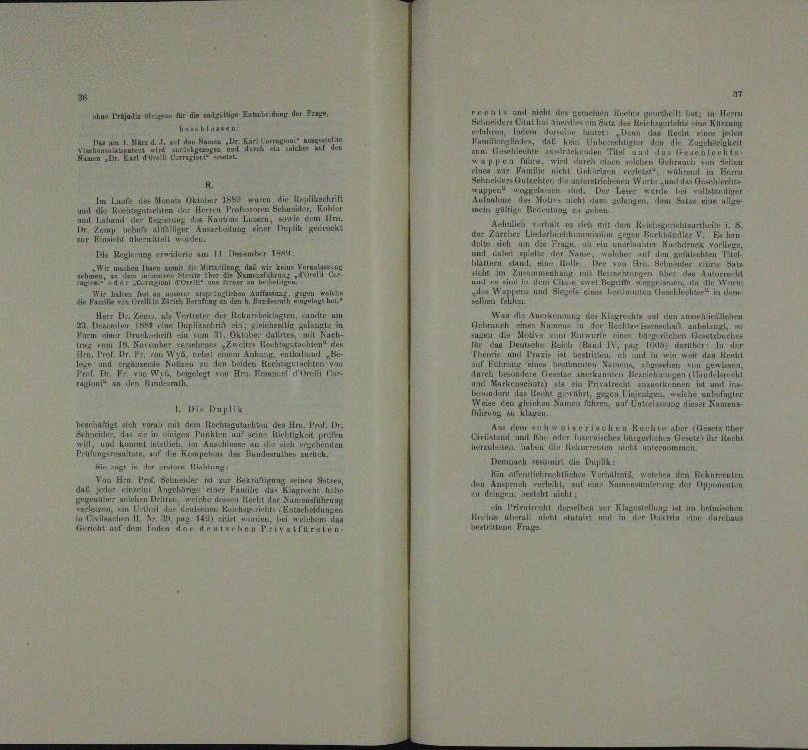
l und an der gemeinen recht in H
Haverien in Kur

en
d
dalen denseiti
e

u
a

dner an d
u

un

.
n
n
 L des Monat 1889 wuren die Hollkoch
un
e
rhten ihr
ax ei

a
Aehnlich verhalt
den Bestitutini. S.
g
E hun
.
a

.
.

Die Reklage am 11 am 14.

t machen ihnen zum Mitung und nie keine Herausgese

n

n

Ai
err Dr. Lems. u Vertreter der Schurerklagten, unter um
Waa die Anerkennung der Klagrah
d
Achraunk
erun
emetten eine

u
.
 12.
mungen
un

.
dan Fr

12. Der 1835. eine
n

.

n

.

n

 Die Buplik
u
um zu
hrechtigt sich vor mit dem Rechtsgutachten des Hrn. Pr. II.
Aus dem welchen Rechte aber
t
r
ies in
rian Empfer 1
u

 alten

macher die Duplik:
Ein ange in der einen Richtung
hen Vergüten.
Nan Armlichersch
eh den Rekurrenl
Berr
Aigung eines Ants
rnateur der Sumenten
ur ein
e
 en einer unte
.

e
n

.
n

.

un der Fa
H u 1. März d. d. sel

schlossen.